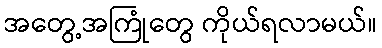
အတွေ့အကြုံတွေ ကိုယ်ရလာမယ်။